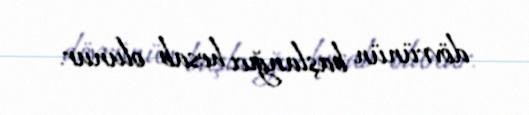
dövrünün başlanğıcı hesab olunur.